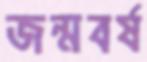
জন্মবর্ষ